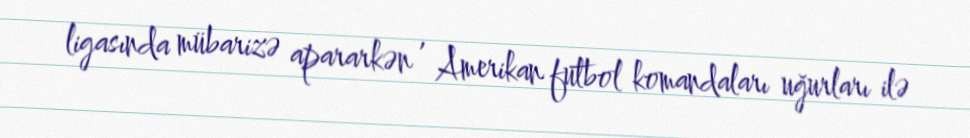
ligasında mübarizə apararkən , Amerikan futbol komandaları uğurları ilə